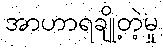
အာဟာရချို့တဲ့မှု